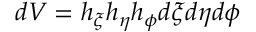
d V = h _ { \xi } h _ { \eta } h _ { \phi } d \xi d \eta d \phi